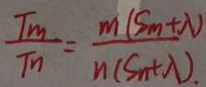
\frac { T _ { m } } { T _ { n } } = \frac { m ( S _ { m } + \lambda ) } { n ( S _ { n } + \lambda ) . }